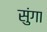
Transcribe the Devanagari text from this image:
सुंगा